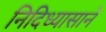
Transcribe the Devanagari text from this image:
निदिध्यासाने